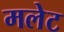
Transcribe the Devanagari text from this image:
मलेट